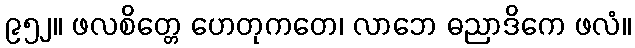
၉၅၂။ ဖလစိတ္တေ ဟေတုကတေ၊ လာဘေ ဓညာဒိကေ ဖလံ။